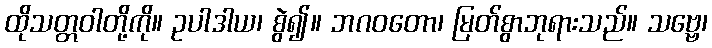
ထိုသတ္တဝါတို့ကို။ ဥပါဒါယ၊ စွဲ၍။ ဘဂဝတော၊ မြတ်စွာဘုရားသည်။ သဗ္ဗေ၊